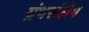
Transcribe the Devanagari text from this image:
ग्रंथसंक्षेप